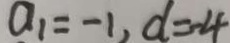
a _ { 1 } = - 1 , d = - 4